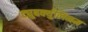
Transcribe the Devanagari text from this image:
ट्युबर्क्युलिनम